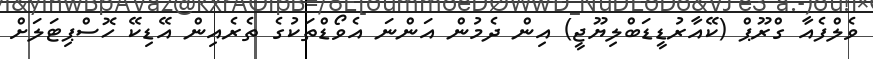
ވެލްފެއާ ގްރޫޕް (ކޭއާރުޑީޑަބްލިޔޫޖީ) އިން ދެމުން އަންނަ އެވޯޑްތަކުގެ ތެރެއިން އޭޑިކޭ ހޮސްޕިޓަލަށް